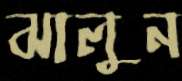
ঝালুন